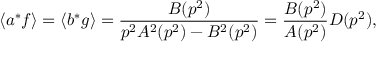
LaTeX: \langle a ^ { * } f \rangle = \langle b ^ { * } g \rangle = \frac { B ( p ^ { 2 } ) } { p ^ { 2 } A ^ { 2 } ( p ^ { 2 } ) - B ^ { 2 } ( p ^ { 2 } ) } = \frac { B ( p ^ { 2 } ) } { A ( p ^ { 2 } ) } D ( p ^ { 2 } ) ,